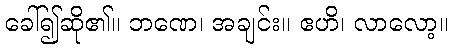
ခေါ်၍ဆို၏။ ဘဏေ၊ အချင်း။ ဧဟိ၊ လာလော့။